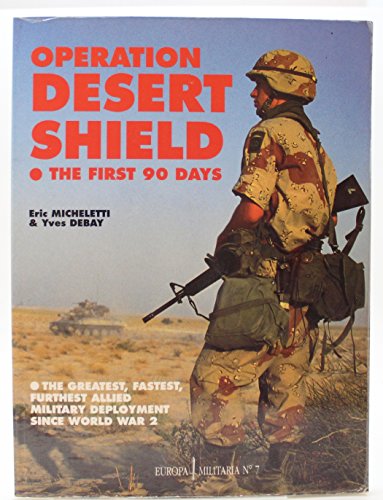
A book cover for Operation Desert Shield: Allied Troops in the Gulf, 1990 (Europa Militaria); Yves Debay; History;